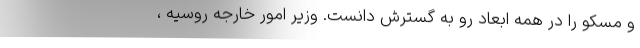
و مسکو را در همه ابعاد رو به گسترش دانست. وزیر امور خارجه روسیه ،